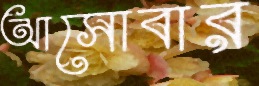
আসোবার